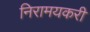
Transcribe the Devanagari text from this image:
निरामयकरी